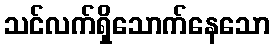
သင်လက်ရှိသောက်နေသော